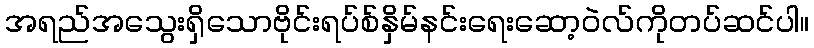
အရည်အသွေးရှိသောဗိုင်းရပ်စ်နှိမ်နင်းရေးဆော့ဝဲလ်ကိုတပ်ဆင်ပါ။